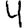
Digit: 4